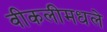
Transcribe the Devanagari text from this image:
वीकलीमधले